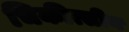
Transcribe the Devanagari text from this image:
चिकीत्सीय